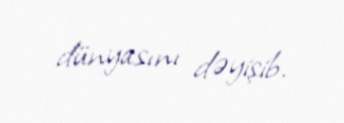
dünyasını dəyişib.